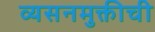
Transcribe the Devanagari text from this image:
व्यसनमुक्तीची